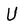
Character: U